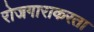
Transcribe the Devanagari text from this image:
रोजगाराकरता